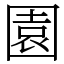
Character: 園